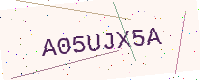
Text: A05UJX5A